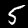
Label: 5